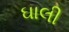
ઘાલી